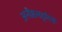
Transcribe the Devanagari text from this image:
अनीष्ठसहूयिर्थे